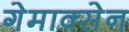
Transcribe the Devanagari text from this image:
गेमाक्सेन